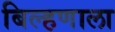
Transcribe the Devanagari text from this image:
बिल्हणाला